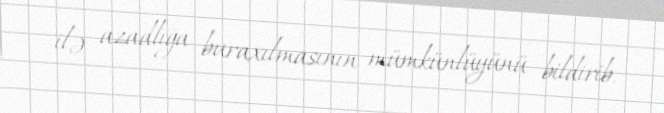
ilə azadlığa buraxılmasının mümkünlüyünü bildirib.